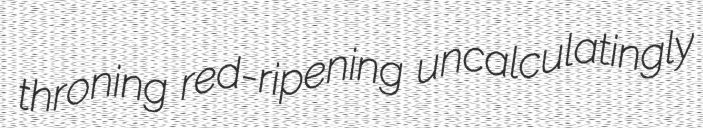
throning red-ripening uncalculatingly